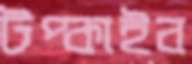
টপ্‌কাইব